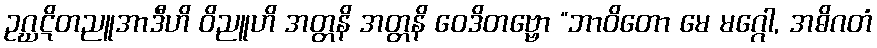
ဥဂ္ဃဋိတညူအာဒီဟိ ဝိညူဟိ အတ္တနိ အတ္တနိ ဝေဒိတဗ္ဗော “ဘာဝိတော မေ မဂ္ဂေါ, အဓိဂတံ